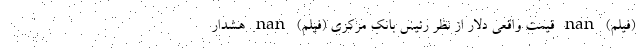
(فیلم) nan قیمت واقعی دلار از نظر رئیس بانک مرکزی (فیلم) nan هشدار